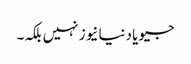
جیو یا دنیا نیوز نہیں بلکہ۔